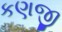
કણજી